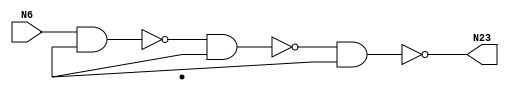
module singlepath (N6, N23);
input N6;
output N23;
wire N19, N16, N11, Vcc, gnd;
nand NAND2_2(N11, N6, Vcc);
nand NAND2_3(N16, N11, Vcc);
nand NAND2_4(N19, N11, Vcc);
nand NAND2_6(N23, N19, Vcc);

endmodule